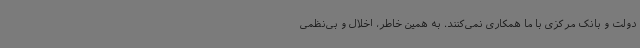
دولت و بانک مرکزی با ما همکاری نمی‌کنند. به همین خاطر، اخلال و بی‌نظمی